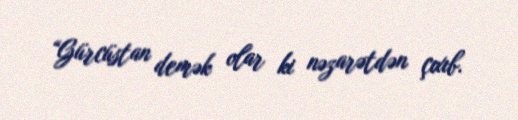
“Gürcüstan demək olar ki nəzarətdən çıxıb.